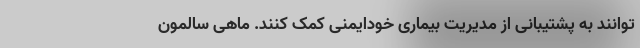
توانند به پشتیبانی از مدیریت بیماری خودایمنی کمک کنند. ماهی سالمون